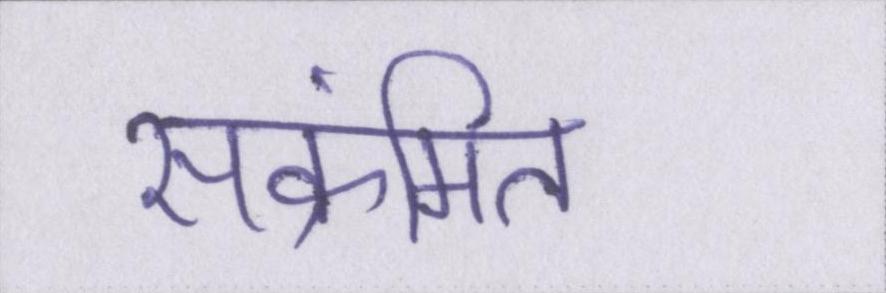
संक्रमित